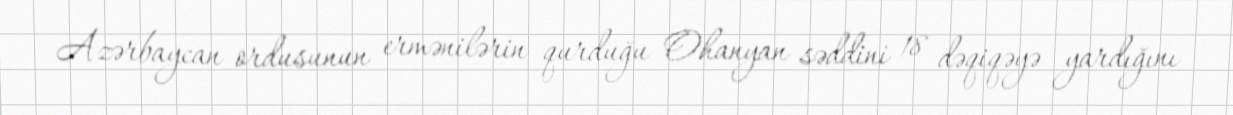
Azərbaycan ordusunun ermənilərin qurduğu Ohanyan səddini 18 dəqiqəyə yardığını